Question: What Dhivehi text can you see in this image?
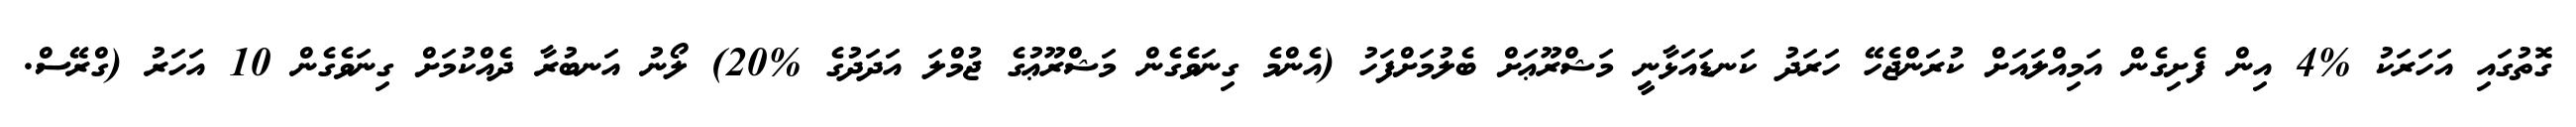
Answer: ގޮތުގައި އަހަރަކު %4 އިން ފެށިގެން އަމިއްލައަށް ކުރަންޖެހޭ ހަރަދު ކަނޑައަޅާނީ މަޝްރޫޢަށް ބެލުމަށްފަހު (އެންމެ ގިނަވެގެން މަޝްރޫޢުގެ ޖުމްލަ އަދަދުގެ %20) ލޯނު އަނބުރާ ދެއްކުމަށް ގިނަވެގެން 10 އަހަރު (ގްރޭސް.